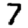
Digit: 7